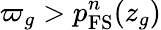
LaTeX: \varpi_{g}>p_{\mathrm{FS}}^{n}(z_{g})